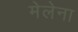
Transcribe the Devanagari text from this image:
मेलेना